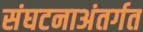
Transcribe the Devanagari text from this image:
संघटनाअंतर्गत